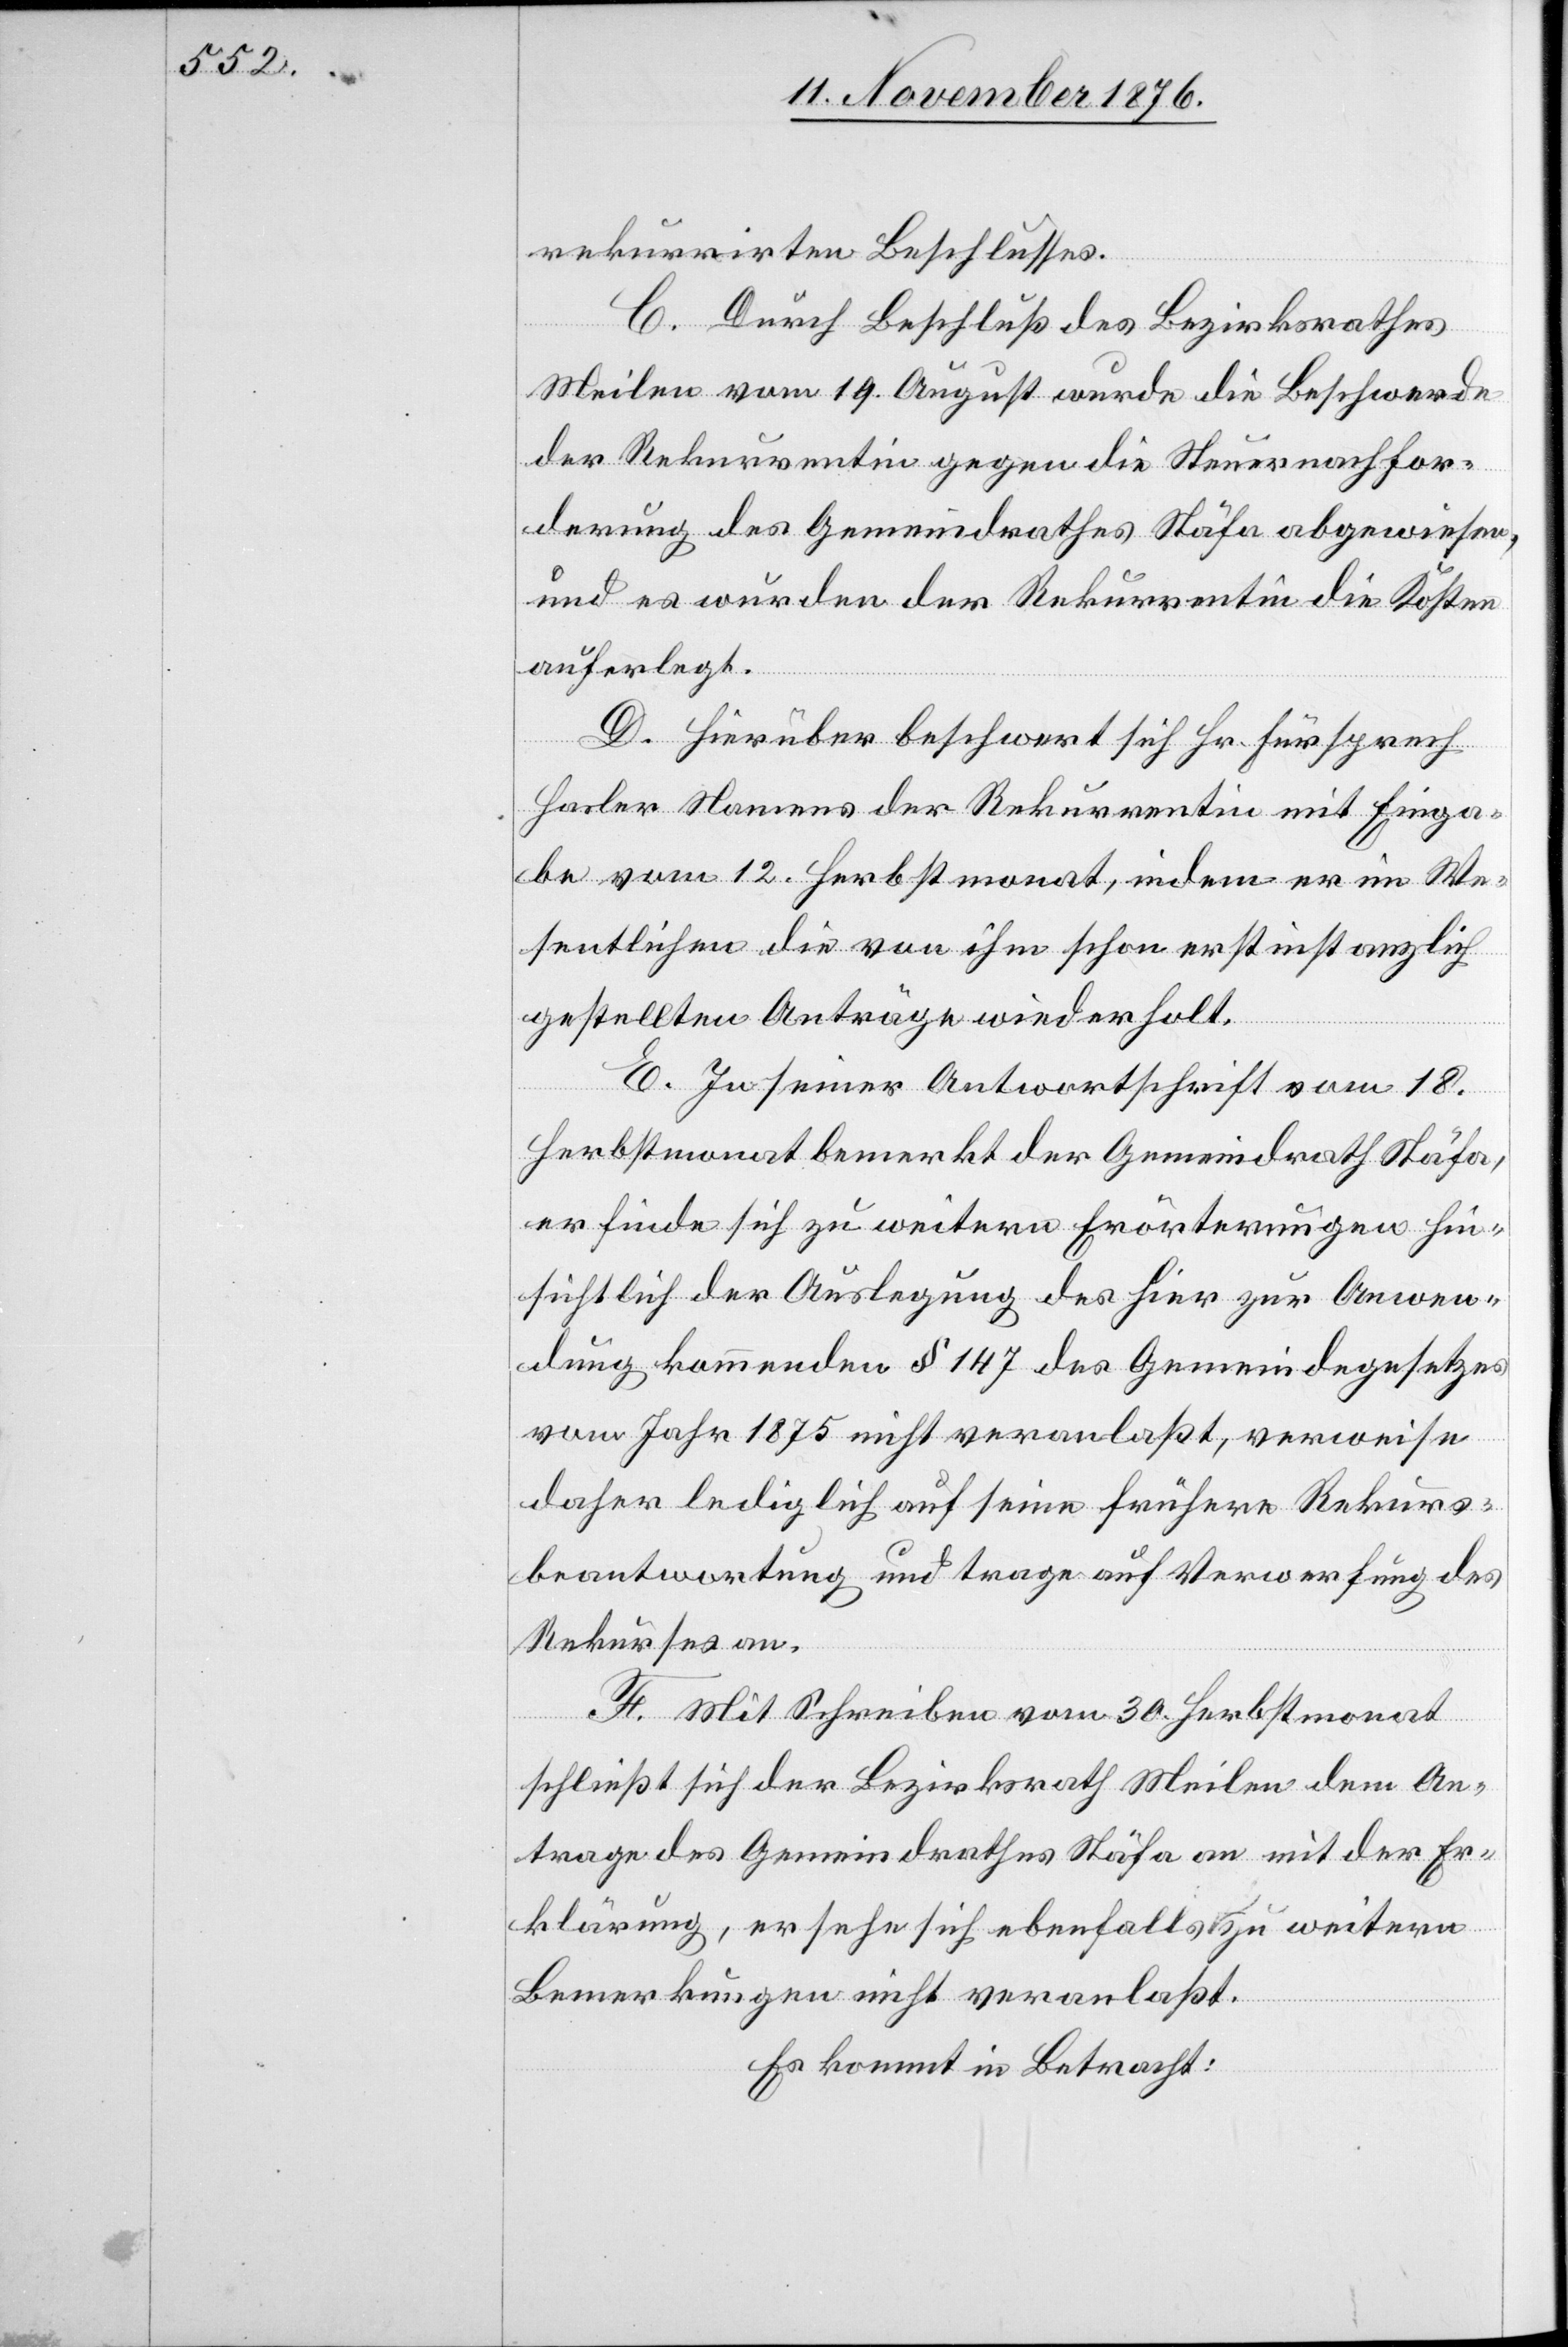
rekurrirten Beschlusses.
C. Durch Beschluß des Bezirksrathes
Meilen vom 19. August wurde die Beschwerde
der Rekurrentin gegen die Steuernachfor¬
derung des Gemeindrathes Stäfa abgewiesen,
und es wurden der Rekurrentin die Kosten
auferlegt.
D. Hierüber beschwert sich Hr. Fürsprech
Hasler Namens der Rekurrentin mit Einga¬
be vom 12. Herbstmonat, indem er im We¬
sentlichen die von ihm schon erstinstanzlich
gestellten Anträge wiederholt.
E. In seiner Antwortschrift vom 18.
Herbstmonat bemerkt der Gemeindrath Stäfa,
er finde sich zu weitern Erörterungen hin¬
sichtlich der Auslegung des hier zur Anwen¬
dung kommenden § 147 des Gemeindegesetzes
vom Jahr 1875 nicht veranlaßt, verweise
daher lediglich auf seine frühere Rekurs¬
beantwortung und trage auf Verwerfung des
Rekurses an.
F. Mit Schreiben vom 30. Herbstmonat
schließt sich der Bezirksrath Meilen dem An¬
trage des Gemeindrathes Stäfa an mit der Er¬
klärung, er sehe sich ebenfalls zu weitern
Bemerkungen nicht veranlaßt.
Es kommt in Betracht: